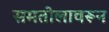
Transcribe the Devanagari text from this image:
समतोलावरून